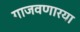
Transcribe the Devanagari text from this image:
गाजवणारया